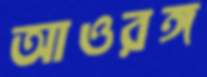
আওরঙ্গ